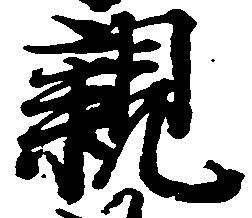
親